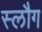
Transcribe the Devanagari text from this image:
स्लौग